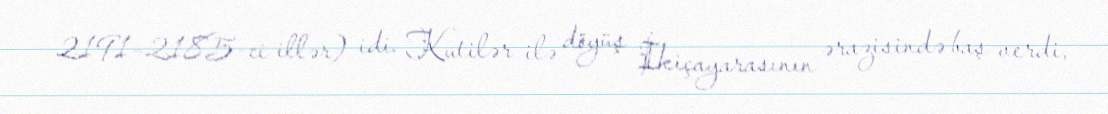
2191–2185-ci illər) idi. Kutilər ilə döyüş İkiçayarasının ərazisində baş verdi,